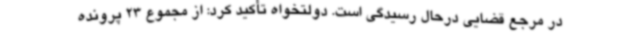
در مرجع قضایی درحال رسیدگی است. دولتخواه تأکید کرد: از مجموع 23 پرونده